Civil Veterinary Department. United Provinces 1923-31 - 1923-1931
Year: 1923
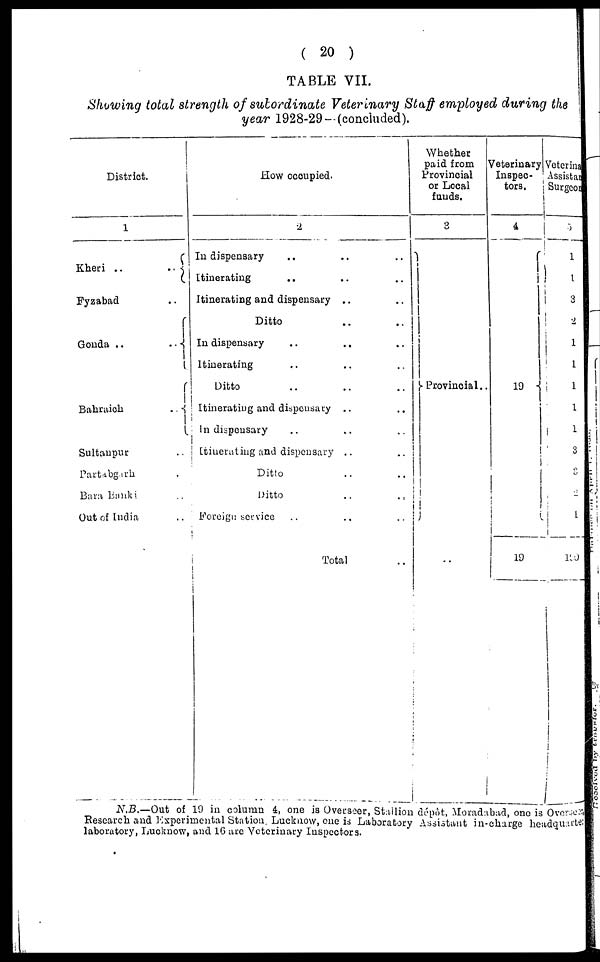
( 20 )
TABLE VII.
Showing total strength of subordinate Veterinary Staff employed during the
year 1928-29 — (concluded).
District.
1
Kheri .. ..
Fyzabad ..
Gonda .. ..
Bahraich ..
Sultaupur ..
Partabgarh ..
Bara Banki ..
Out of India ..
How occupied.
2
In dispensary .. .. ..
Itinerating .. .. ..
Itinerating and dispensary .. ..
Ditto .. ..
In dispensary .. .. ..
Itinerating .. .. ..
Ditto .. .. ..
Itinerating and dispensary .. ..
In dispensary .. .. ..
Itinerating and dispensary .. ..
Ditto
Ditto .. ..
Foreign service .. .. ..
Total ..
Whether
paid from
Provincial
or Local
funds.
3
Provincial ..
Veterinary
Inspec-
tors,
4
19
19
Veterinary
Assista
Surgeo
3
1
1
3
2
1
1
1
1
1
3
1
1
190
N.B.—Out of 19 in column 4, one is Overseer, Stallion dépôt, Moradabad, one is Overse
Research and Experimental Station. Lucknow, one is Laboratory Assistant in-charge headquarte
laboratory, Lucknow, and 16 are Veterinary Inspectors.